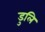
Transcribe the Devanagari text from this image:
डुलि